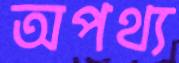
অপথ্য